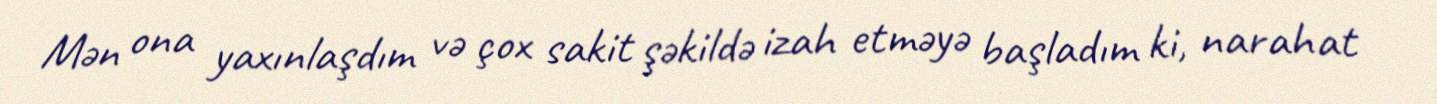
Mən ona yaxınlaşdım və çox sakit şəkildə izah etməyə başladım ki, narahat